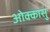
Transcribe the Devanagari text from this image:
ओक्कासु